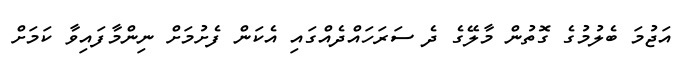
އަޖުމަ ބެލުމުގެ ގޮތުން މާލޭގެ ދެ ސަރަހައްދެއްގައި އެކަން ފެށުމަށް ނިންމާފައިވާ ކަމަށް